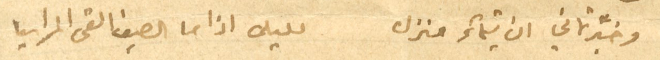
وخبَّرتماني ان تيماءَ منزل لليلى اذا ما الصيف القى المراسيا